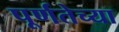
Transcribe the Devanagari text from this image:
पूर्णतेच्या